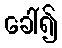
ခေါ်၍